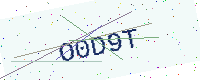
Text: O0D9T